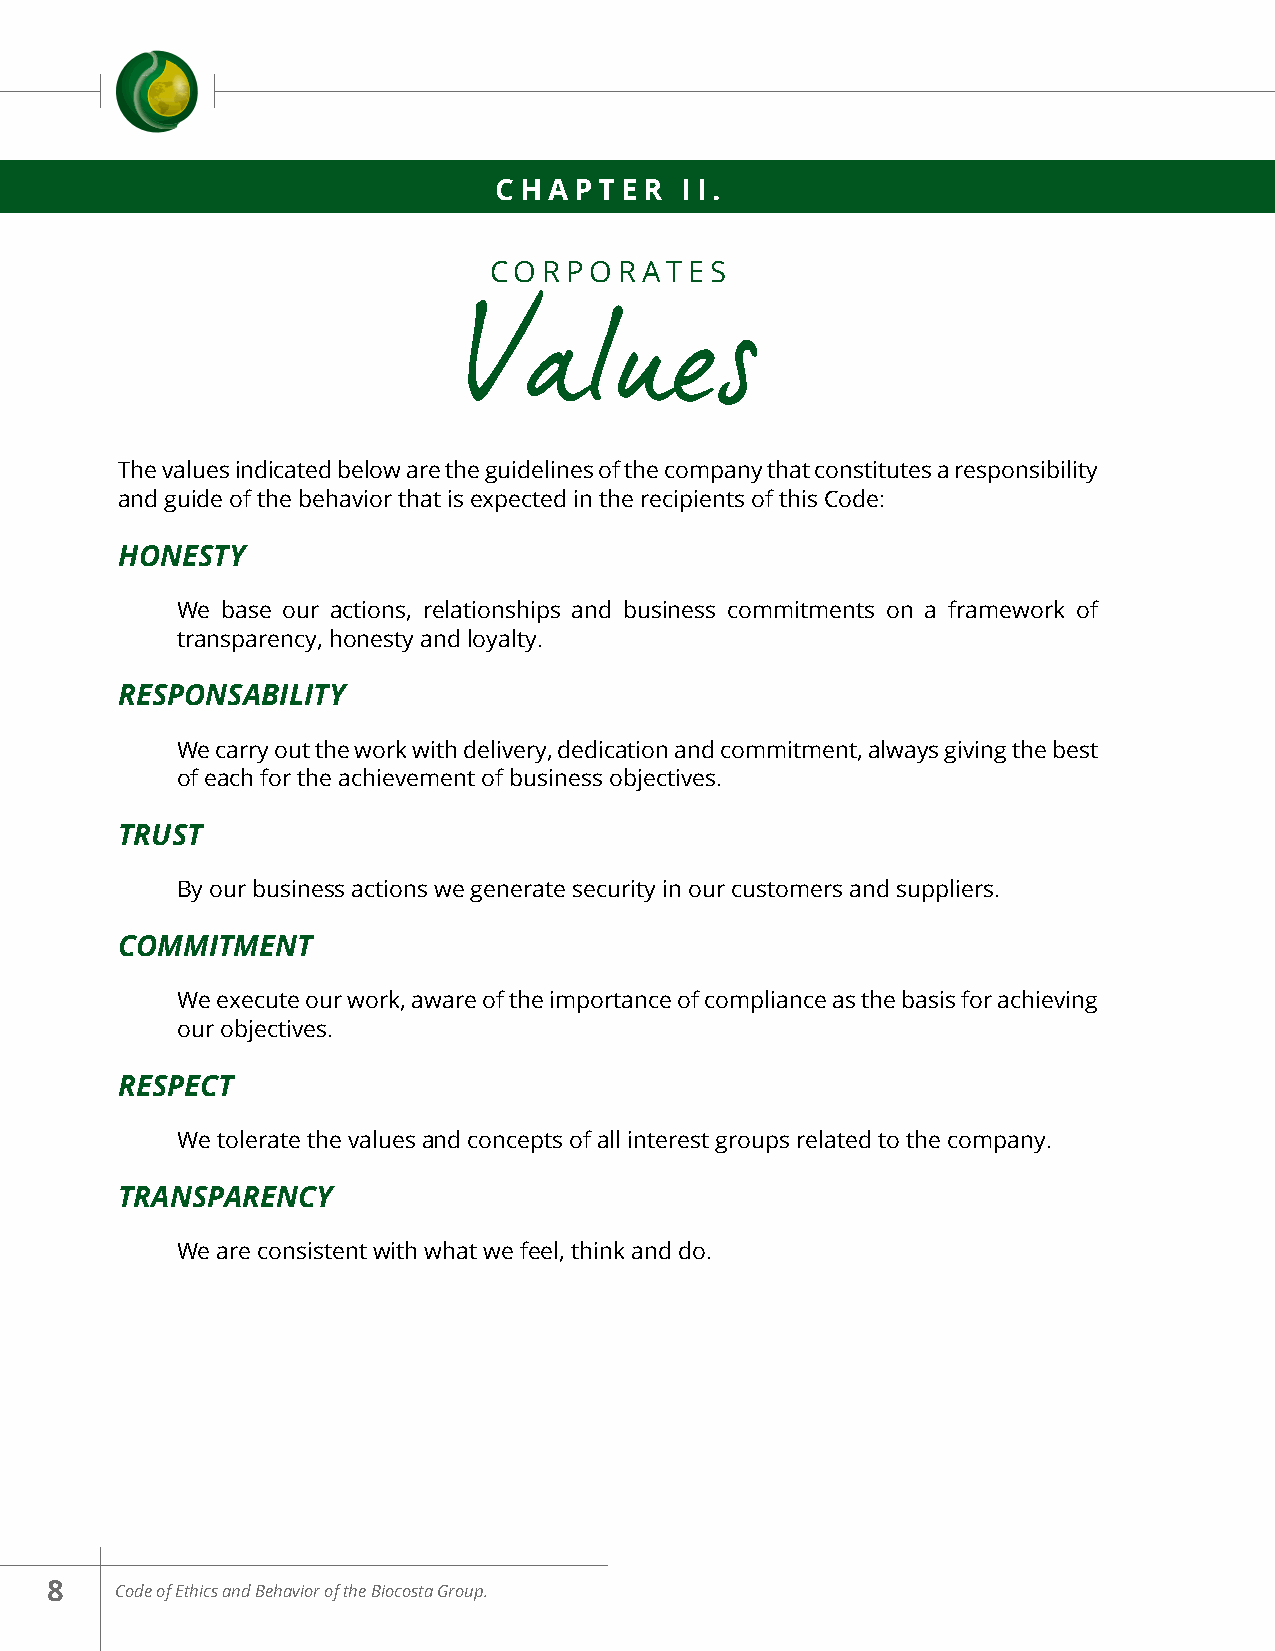
CHAPTER     II.
 CORPORATES
 Values
 The values indicated below are the guidelines of the company that constitutes a responsibility
 and guide of the behavior that is expected in the recipients of this Code:
 HONESTY
 We base our actions, relationships and business commitments on a framework of
 transparency, honesty and loyalty.
 RESPONSABILITY
 We carry out the work with delivery, dedication and commitment, always giving the best
 of each for the achievement of business objectives.
 TRUST
 By our business actions we generate security in our customers and suppliers.
 COMMITMENT
 We execute our work, aware of the importance of compliance as the basis for achieving
 our objectives.
 RESPECT
 We tolerate the values a nd concepts of all interest groups related to the company.
 TRANSPARENCY
 We are consistent with what we feel, think and do.
 8    Code of Ethics and Behavior of the Biocosta Group.